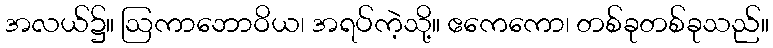
အလယ်၌။ ဩကာဘောဝိယ၊ အရပ်ကဲ့သို့။ ဧကေကော၊ တစ်ခုတစ်ခုသည်။